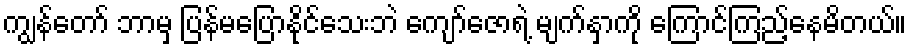
ကျွန်တော် ဘာမှ ပြန်မပြောနိုင်သေးဘဲ ကျော်ဇောရဲ့ မျက်နှာကို ကြောင်ကြည့်နေမိတယ်။